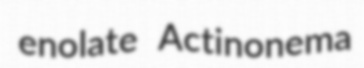
enolate Actinonema